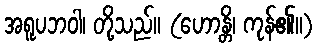
အရူပဘဝါ၊ တို့သည်။ (ဟောန္တိ၊ ကုန်၏။)